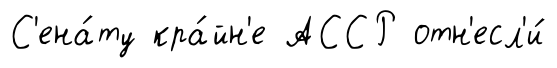
С'ена́ту кра́йн'е АССР отн'есл'и́